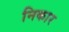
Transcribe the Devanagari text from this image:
निकार